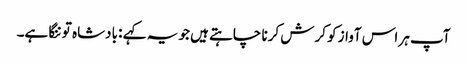
آپ ہر اس آواز کو کرش کرنا چاہتے ہیں جو یہ کہے : بادشاہ تو ننگا ہے۔